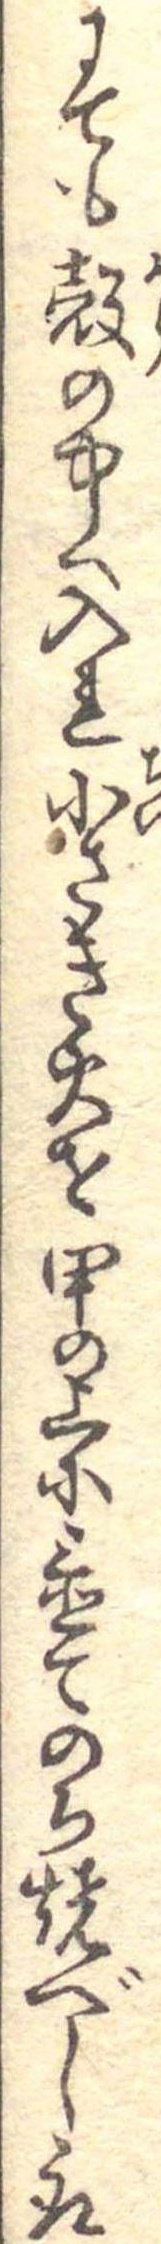
にても殻の中へ入れ小さき火を甲の上に置てのち焼べし取